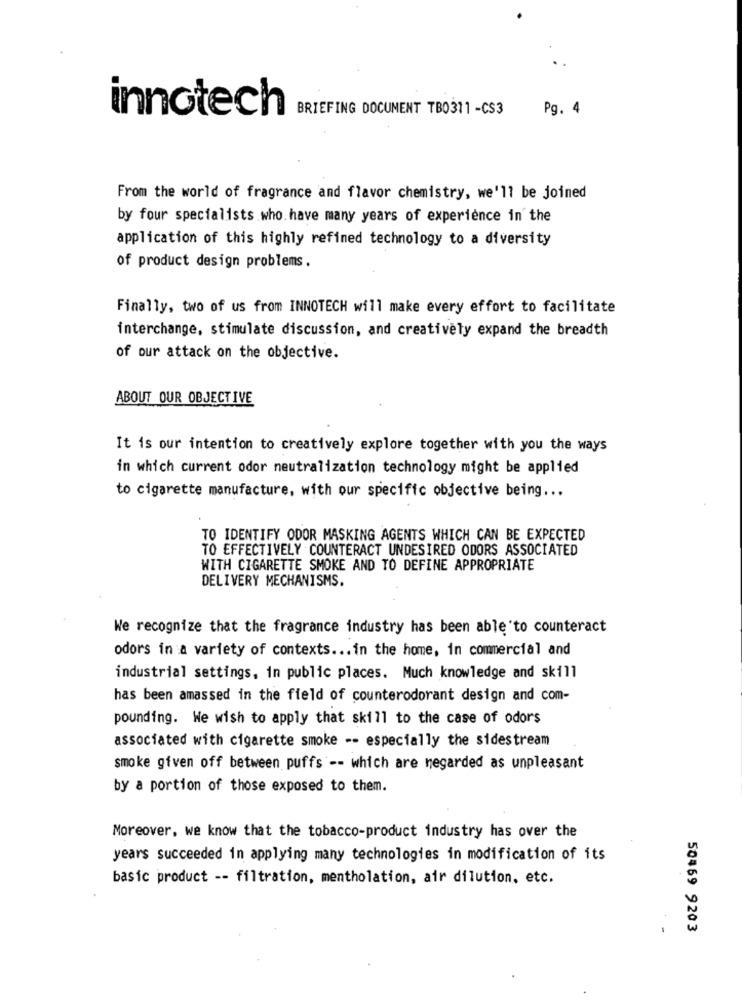
innotech
BRIEFING DOCUMENT TB0311 -CS3
Pg. 4
From the world of fragrance and flavor chemistry, we'll be joined
by four specialists who. have many years of experience in the
application of this highly refined technology to a diversity
of product design problems.
Finally, two of us from INNOTECH will make every effort to facilitate
interchange, stimulate discussion, and creatively expand the breadth
of our attack on the objective.
ABOUT OUR OBJECTIVE
It is our intention to creatively explore together with you the ways
in which current odor neutralization technology might be applied
to cigarette manufacture, with our specific objective being ...
TO IDENTIFY ODOR MASKING AGENTS WHICH CAN BE EXPECTED
TO EFFECTIVELY COUNTERACT UNDESIRED ODORS ASSOCIATED
WITH CIGARETTE SMOKE AND TO DEFINE APPROPRIATE
DELIVERY MECHANISMS.
We recognize that the fragrance industry has been able to counteract
odors in a variety of contexts ... in the home, in commercial and
industrial settings, in public places. Much knowledge and skill
has been amassed in the field of counterodorant design and com-
pounding. We wish to apply that skill to the case of odors
associated with cigarette smoke -- especially the sidestream
smoke given off between puffs -- which are regarded as unpleasant
by a portion of those exposed to them.
Moreover, we know that the tobacco-product industry has over the
years succeeded in applying many technologies in modification of its
basic product -- filtration, mentholation, air dilution, etc.
50469 9203